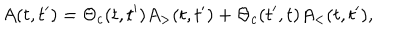
LaTeX: A ( t , t ^ { \prime } ) = \Theta _ { c } ( t , t ^ { \prime } ) A _ { > } ( t , t ^ { \prime } ) + \Theta _ { c } ( t ^ { \prime } , t ) A _ { < } ( t , t ^ { \prime } ) ,